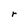
Character: r